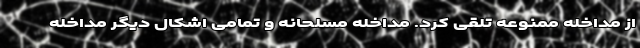
از مداخله ممنوعه تلقی کرد. مداخله مسلحانه و تمامی اشکال دیگر مداخله